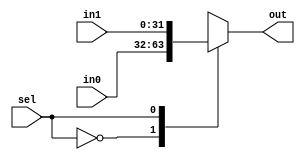
module MUX2 (sel,in0,in1,out);//defparameter
    parameter WIDTH_DATA = 32;
    input sel;
    input [WIDTH_DATA-1:0] in0;
    input [WIDTH_DATA-1:0] in1;
    output [WIDTH_DATA-1:0] out;
    //-------------------------
    reg [WIDTH_DATA-1:0] r_out;

    always @(*) begin
        case (sel)
            1'b0:r_out = in0;
            1'b1:r_out = in1; 
        endcase
    end

    assign out = r_out;
endmodule

module MUX4 (sel,in0,in1,in2,in3,out);
    parameter WIDTH_DATA = 32;
    input [1:0]sel;
    input [WIDTH_DATA-1:0] in0;
    input [WIDTH_DATA-1:0] in1;
    input [WIDTH_DATA-1:0] in2;
    input [WIDTH_DATA-1:0] in3;
    output [WIDTH_DATA-1:0] out;
    //-------------------------
    reg [WIDTH_DATA-1:0] r_out;

    always @(*) begin
        case (sel)
            2'b0:r_out = in0;
            2'b1:r_out = in1;
            2'b10:r_out = in2;
            2'b11:r_out = in3; 
        endcase
    end

    assign out = r_out;
endmodule

module MUX8 (sel,in0,in1,in2,in3,in4,in5,in6,in7,out);
    parameter WIDTH_DATA = 32;
    input [2:0]sel;
    input [WIDTH_DATA-1:0] in0;
    input [WIDTH_DATA-1:0] in1;
    input [WIDTH_DATA-1:0] in2;
    input [WIDTH_DATA-1:0] in3;
    input [WIDTH_DATA-1:0] in4;
    input [WIDTH_DATA-1:0] in5;
    input [WIDTH_DATA-1:0] in6;
    input [WIDTH_DATA-1:0] in7;
    output [WIDTH_DATA-1:0] out;
    //-------------------------
    reg [WIDTH_DATA-1:0] r_out;

    always @(*) begin
        case (sel)
            3'b000:r_out = in0;
            3'b001:r_out = in1;
            3'b010:r_out = in2;
            3'b011:r_out = in3; 
            3'b100:r_out = in4; 
            3'b101:r_out = in5; 
            3'b110:r_out = in6; 
            3'b111:r_out = in7; 
        endcase
    end
    assign out = r_out;
endmodule